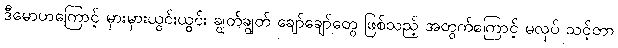
ဒီမောဟကြောင့် မှားမှားယွင်းယွင်း ချွတ်ချွတ် ချော်ချော်တွေ ဖြစ်သည့် အတွက်ကြောင့် မလုပ် သင့်တာ